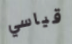
قياسي